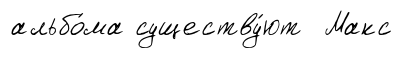
альбо́ма существу́ют Макс